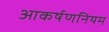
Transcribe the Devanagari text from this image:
आकर्षणनियम